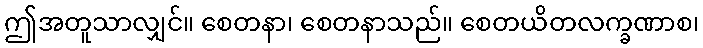
ဤအတူသာလျှင်။ စေတနာ၊ စေတနာသည်။ စေတယိတလက္ခဏာစ၊